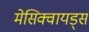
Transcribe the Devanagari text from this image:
मेसिक्वायड्स